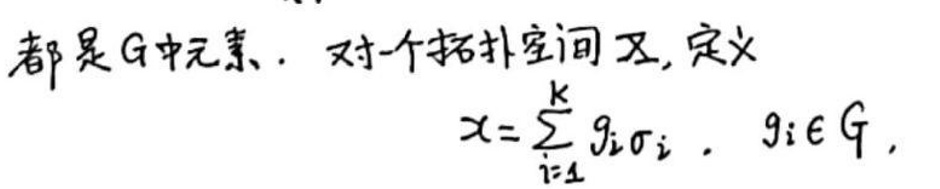
都是$G$中元素. 对一个拓扑空间$X$, 定义
\[
x = \sum_{i = 1}^{k} g_{i}\sigma_{i},\ g_{i} \in G,
\]